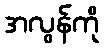
အလွန်ကို